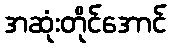
အဆုံးတိုင်အောင်